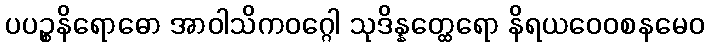
ပပဉ္စနိရောဓော အာဝါသိကဝဂ္ဂေါ သုဒိန္နတ္ထေရော နိရယဝေဝစနမေဝ